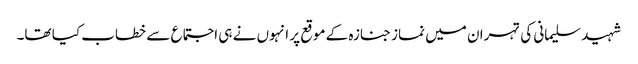
شہید سلیمانی کی تہران میں نماز جنازہ کے موقع پر انہوں نے ہی اجتماع سے خطاب کیا تھا۔